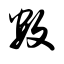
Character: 数